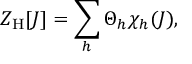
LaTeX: Z _ { \mathrm { H } } [ J ] = \sum _ { h } \Theta _ { h } \chi _ { h } ( J ) ,